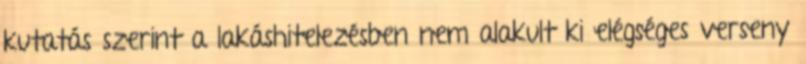
kutatás szerint a lakáshitelezésben nem alakult ki elégséges verseny